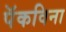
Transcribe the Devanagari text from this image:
पॅकविना